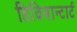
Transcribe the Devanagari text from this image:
डिवियान्टार्ट